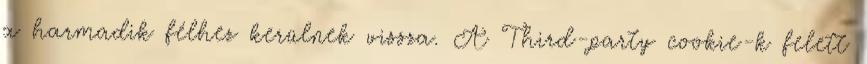
a harmadik félhez kerülnek vissza. A Third-party cookie-k felett